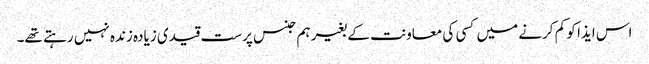
اس ایذا کو کم کرنے میں کسی کی معاونت کے بغیر ہم جنس پرست قیدی زیادہ زندہ نہیں رہتے تھے۔